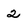
Character: 2